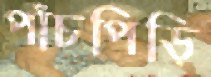
পাঁচপিড়ি